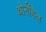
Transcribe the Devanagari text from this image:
थोर्नहिल